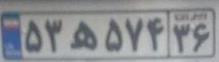
۵۳ه۵۷۴۳۶